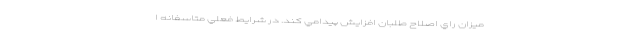
ميزان راي اصلاح طلبان افزايش پيدامي كند. در شرايط فعلي متاسفانه ا